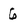
Character: 6